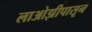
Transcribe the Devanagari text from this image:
लाओझीपासून